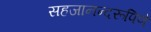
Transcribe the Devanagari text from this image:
सहजानन्दरूपिणे